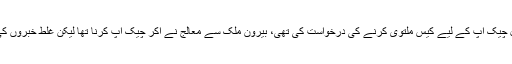
اس دوران نیب کے وکیل نعیم بخاری نے کہا کہ انہوں نے میڈیکل چیک اپ کے لیے کیس ملتوی کرنے کی درخواست کی تھی، بیرون ملک سے معالج نے آکر چیک اپ کرنا تھا لیکن غلط خبروں کی وجہ سے وہ آج اپنا علاج چھوڑ کر عدالت میں پیش ہو رہے ہیں۔